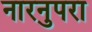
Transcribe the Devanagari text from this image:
नारनुपरा